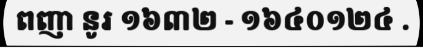
ពញា នូរ ១៦៣២ - ១៦៤០១២៤ .